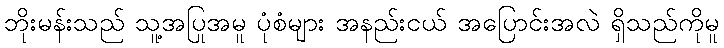
ဘိုးမန်းသည် သူ့အပြုအမူ ပုံစံများ အနည်းငယ် အပြောင်းအလဲ ရှိသည်ကိုမူ